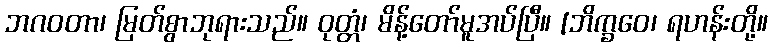
ဘဂဝတာ၊ မြတ်စွာဘုရားသည်။ ဝုတ္တံ၊ မိန့်တော်မူအပ်ပြီ။ [ဘိက္ခဝေ၊ ရဟန်းတို့။